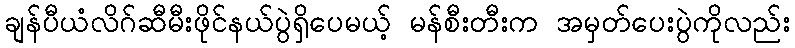
ချန်ပီယံလိဂ်ဆီမီးဖိုင်နယ်ပွဲရှိပေမယ့် မန်စီးတီးက အမှတ်ပေးပွဲကိုလည်း